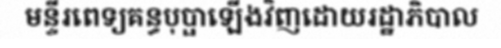
មន្ទីរពេទ្យគន្ធបុប្ផាឡើងវិញដោយរដ្ឋាភិបាល